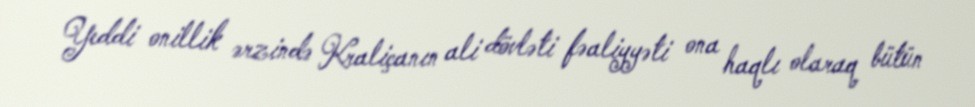
Yeddi onillik ərzində Kraliçanın ali dövləti fəaliyyəti ona haqlı olaraq bütün